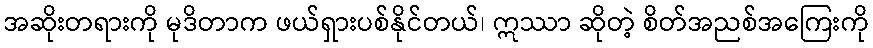
အဆိုးတရားကို မုဒိတာက ဖယ်ရှားပစ်နိုင်တယ်၊ ဣဿာ ဆိုတဲ့ စိတ်အညစ်အကြေးကို